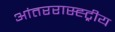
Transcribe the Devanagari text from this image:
आंतररास्ह्ट्रीय